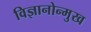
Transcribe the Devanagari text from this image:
विज्ञानोन्मुख